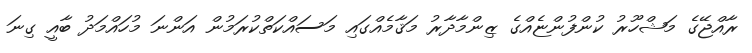
ރާއްޖޭގެ މަޝްހޫރު ކުންފުންޏެއްގެ ޒިންމާދާރު މަޤާމެއްގައި މަސައްކަތްކުރަމުން އަންނަ މުހައްމަދު ބާއީ ގިނަ